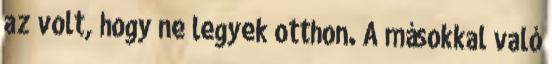
az volt, hogy ne legyek otthon. A másokkal való